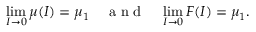
\operatorname* { l i m } _ { I \to 0 } \mu ( I ) = \mu _ { 1 } \quad \mathrm { ~ a ~ n ~ d ~ } \quad \operatorname* { l i m } _ { I \to 0 } F ( I ) = \mu _ { 1 } .